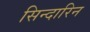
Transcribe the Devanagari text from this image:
सिन्दारिन